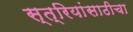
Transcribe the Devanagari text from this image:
स्त्रियांसाठीचा